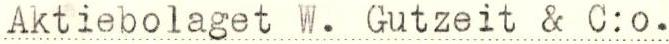
Aktiebolaget W. Gutzeit & C:o.